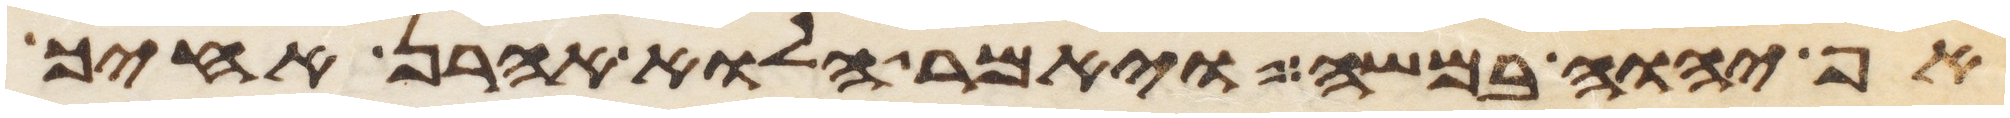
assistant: אף יהוה במשה ויאמר הלוא אהרן אחיך